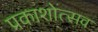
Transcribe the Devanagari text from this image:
प्रकाशोत्‍सव